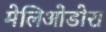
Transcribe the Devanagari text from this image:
मेलिओडोरा